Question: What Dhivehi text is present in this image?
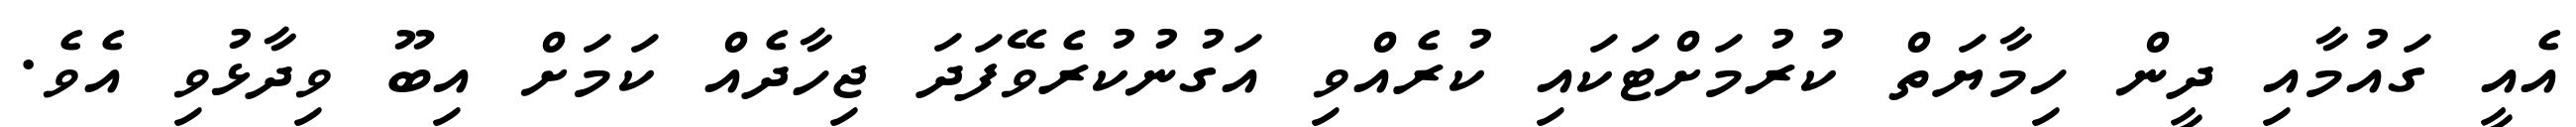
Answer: އެއީ ގައުމާއި ދީން ހިމާޔަތް ކުރުމަށްޓަކައި ކުރެއްވި އަގުނުކުރެވޭފަދަ ޖިހާދެއް ކަމަށް އިބޫ ވިދާޅުވި އެވެ.